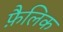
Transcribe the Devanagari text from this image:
फ़ैलिक